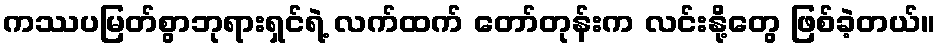
ကဿပမြတ်စွာဘုရားရှင်ရဲ့ လက်ထက် တော်တုန်းက လင်းနို့တွေ ဖြစ်ခဲ့တယ်။